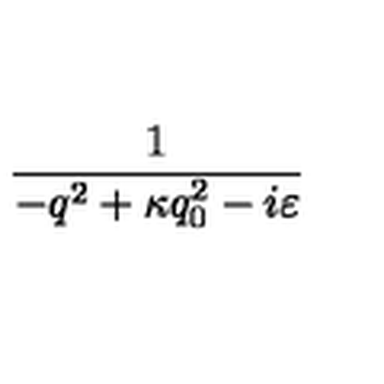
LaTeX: \frac { 1 } { - q ^ { 2 } + \kappa q _ { 0 } ^ { 2 } - i \varepsilon }